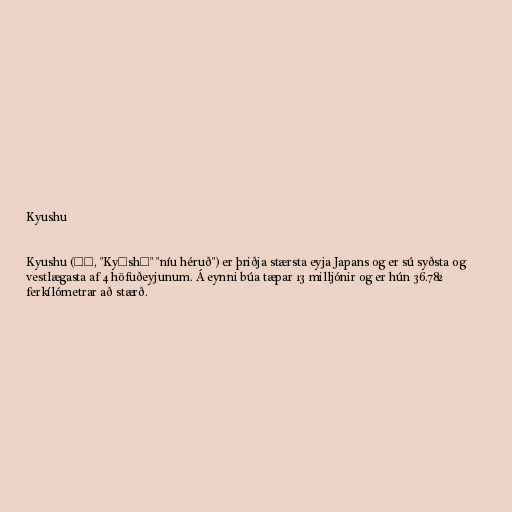
Kyushu

Kyushu (九州, "Kyūshū" "níu héruð") er þriðja stærsta eyja Japans og er sú syðsta og
vestlægasta af 4 höfuðeyjunum. Á eynni búa tæpar 13 milljónir og er hún 36.782
ferkílómetrar að stærð.